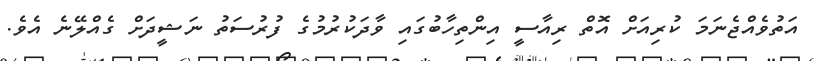
އަތުވެއްޖެނަމަ ކުރިއަށް އޮތް ރިއާސީ އިންތިހާބުގައި ވާދަކުރުމުގެ ފުރުސަތު ނަޝީދަށް ގެއްލޭނެ އެވެ.